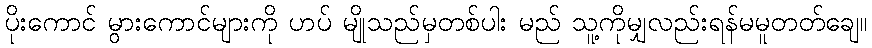
ပိုးကောင် မွားကောင်များကို ဟပ် မျိုသည်မှတစ်ပါး မည် သူ့ကိုမျှလည်းရန်မမူတတ်ချေ။